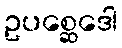
ဥပစ္ဆေဒေါ